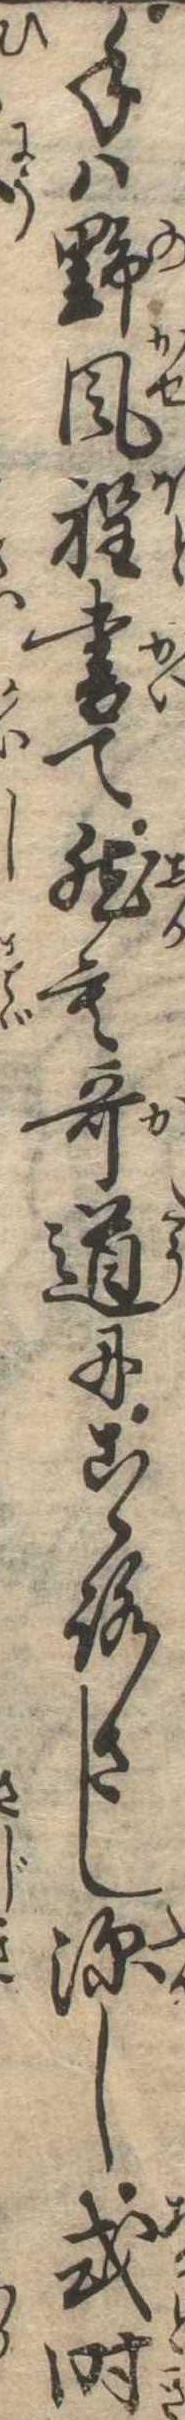
手は野風程書て然も歌道にこゝろさし深し或時